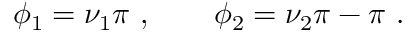
\phi _ { 1 } = \nu _ { 1 } \pi ~ , \qquad \phi _ { 2 } = \nu _ { 2 } \pi - \pi ~ .